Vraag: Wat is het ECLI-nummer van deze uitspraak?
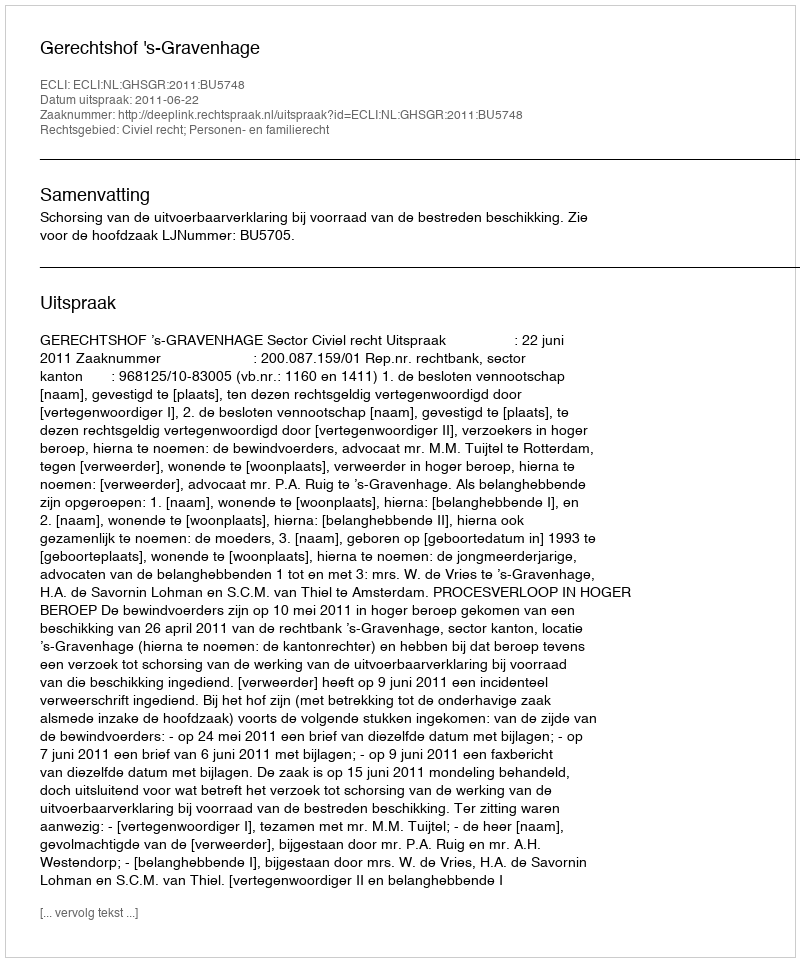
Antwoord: ECLI:NL:GHSGR:2011:BU5748